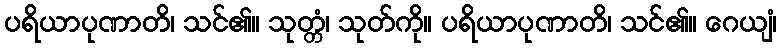
ပရိယာပုဏာတိ၊ သင်၏။ သုတ္တံ၊ သုတ်ကို။ ပရိယာပုဏာတိ၊ သင်၏။ ဂေယျံ၊